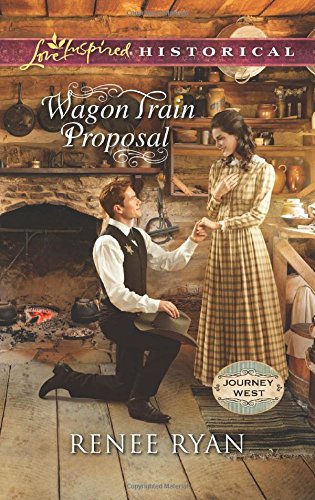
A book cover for Wagon Train Proposal (Journey West); Renee Ryan; Romance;